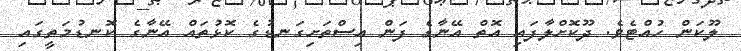
ލޫކަން ހުއްޓެވެ. ދޫކޮށްލާފައި އޮތް އޭނާގެ ފަން އިސްތަށިގަނޑުގެ ކޮޅުތައް އޭނާގެ ކޮނޑުމަތީގައި